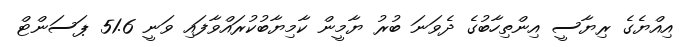
އިއްޔެގެ ރިޔާސީ އިންތިހާބުގެ ދެވަނަ ބުރު ޔާމީން ކާމިޔާބުކުރައްވާފައި ވަނީ 51.6 ޕަސަންޓް